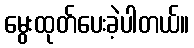
မွေးထုတ်ပေးခဲ့ပါတယ်။